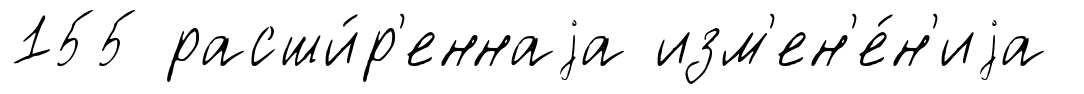
155 расши́р'еннаjа изм'ен'е́н'иjа